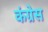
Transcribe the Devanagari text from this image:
कंग्रेस